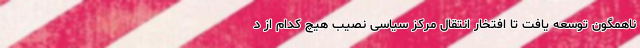
ناهمگون توسعه یافت تا افتخار انتقال مرکز سیاسی نصیب هیچ کدام از د